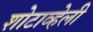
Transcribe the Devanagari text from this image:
शोटाव्हेली